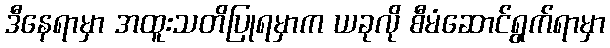
ဒီနေရာမှာ အထူးသတိပြုရမှာက ယခုလို စီမံဆောင်ရွက်ရာမှာ